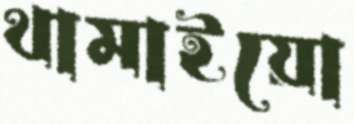
থামাইয়ো